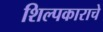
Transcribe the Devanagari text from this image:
शिल्पकाराचे